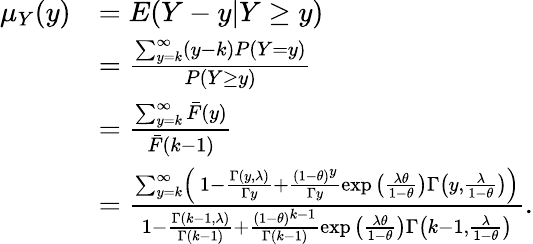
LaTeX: \begin{array}{rl}{\mu_{Y}(y)}&{=E(Y-y|Y\geq y)}\\ &{=\frac{\sum_{y=k}^{\infty}(y-k)P(Y=y)}{P(Y\geq y)}}\\ &{=\frac{\sum_{y=k}^{\infty}\bar{F}(y)}{\bar{F}(k-1)}}\\ &{=\frac{\sum_{y=k}^{\infty}\left(\ 1-\frac{\Gamma(y,\lambda)}{\Gamma y}+\frac{(1-\theta)^{y}}{\Gamma y}\exp{\left(\frac{\lambda\theta}{1-\theta}\right)}\Gamma\left(y,\frac{\lambda}{1-\theta}\right)\right)}{1-\frac{\Gamma(k-1,\lambda)}{\Gamma(k-1)}+\frac{(1-\theta)^{k-1}}{\Gamma(k-1)}\exp{\left(\frac{\lambda\theta}{1-\theta}\right)}\Gamma\left(k-1,\frac{\lambda}{1-\theta}\right)}.}\end{array}